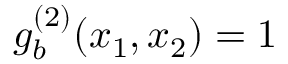
g _ { b } ^ { ( 2 ) } ( x _ { 1 } , x _ { 2 } ) = 1